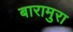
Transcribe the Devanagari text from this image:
बारामुरा